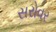
સરોવર